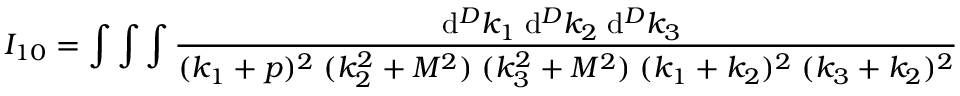
I _ { 1 0 } = \int \int \int \frac { \mathrm { d } ^ { D } k _ { 1 } \; \mathrm { d } ^ { D } k _ { 2 } \; \mathrm { d } ^ { D } k _ { 3 } \; } { ( k _ { 1 } + p ) ^ { 2 } \; ( k _ { 2 } ^ { 2 } + M ^ { 2 } ) \; ( k _ { 3 } ^ { 2 } + M ^ { 2 } ) \; ( k _ { 1 } + k _ { 2 } ) ^ { 2 } \; ( k _ { 3 } + k _ { 2 } ) ^ { 2 } }